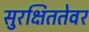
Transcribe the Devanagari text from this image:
सुरक्षिततेवर